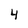
Character: 4